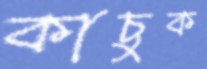
কাচুক